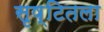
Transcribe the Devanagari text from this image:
सृष्टितला